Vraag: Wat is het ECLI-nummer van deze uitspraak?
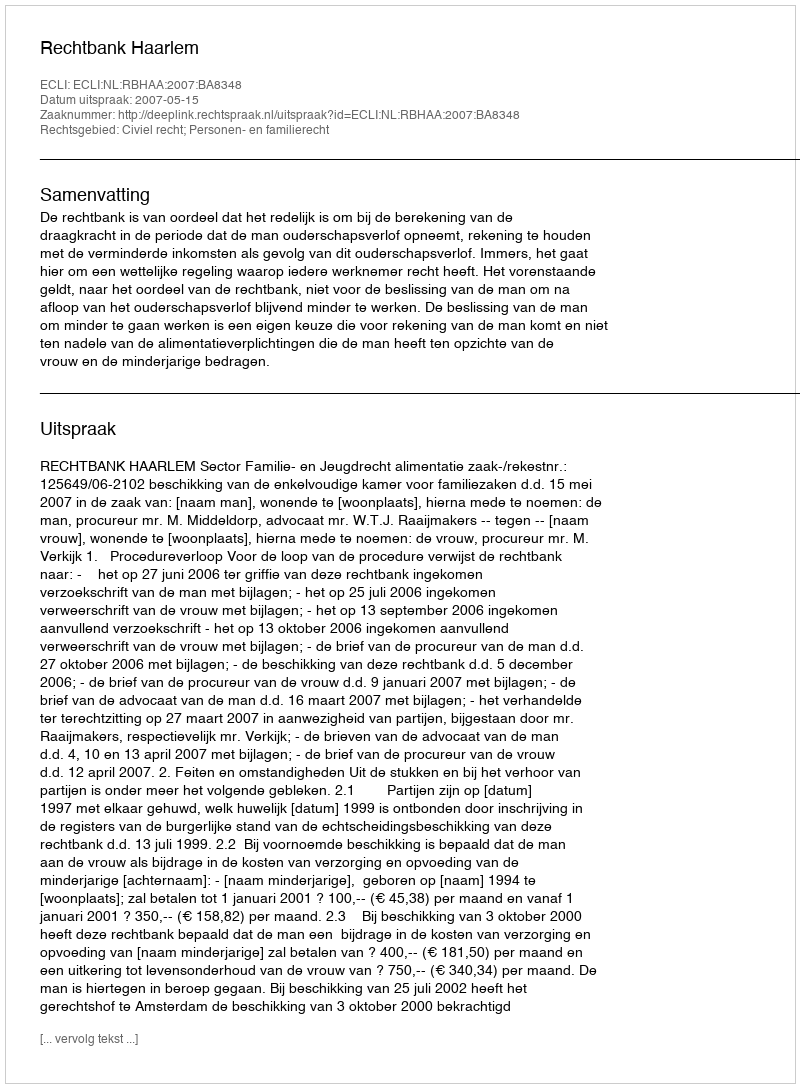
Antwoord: ECLI:NL:RBHAA:2007:BA8348